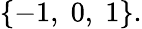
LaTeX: \{ -1,\; 0,\; 1\} .